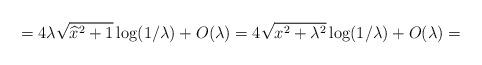
LaTeX: \begin{align*}=4\lambda\sqrt{\widehat x^2+1}\log(1/\lambda)+O(\lambda)=4\sqrt{x^2+\lambda^2}\log(1/\lambda)+O(\lambda)=\end{align*}